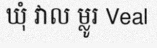
ឃុំ វាល ម្លូរ Veal